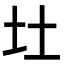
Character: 𪢴